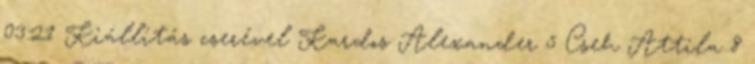
03:21 Kiállítás cserével Kardos Alexander 5 Cseh Attila 8